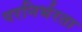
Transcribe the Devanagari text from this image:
परनिर्भरता